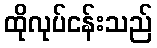
ထိုလုပ်ငန်းသည်